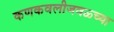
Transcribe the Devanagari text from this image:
कणकवलीजवळ्च्या